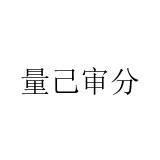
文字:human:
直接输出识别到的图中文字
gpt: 量己审分